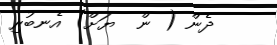
ދެން ( ން  ޔަށް) އެނބުރި